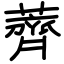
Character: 薺